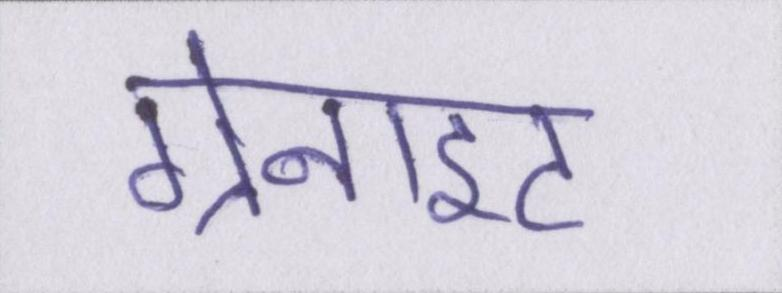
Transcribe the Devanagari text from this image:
ग्रेनाइट